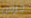
جرس